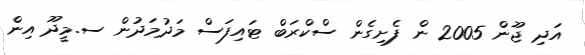
އަދި ޖޫން 2005 ން ފެށިގެން ސްކްރަބް ޓައިފަސް މަދުމަދުން ސ.މީދޫ އިން